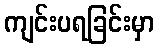
ကျင်းပရခြင်းမှာ